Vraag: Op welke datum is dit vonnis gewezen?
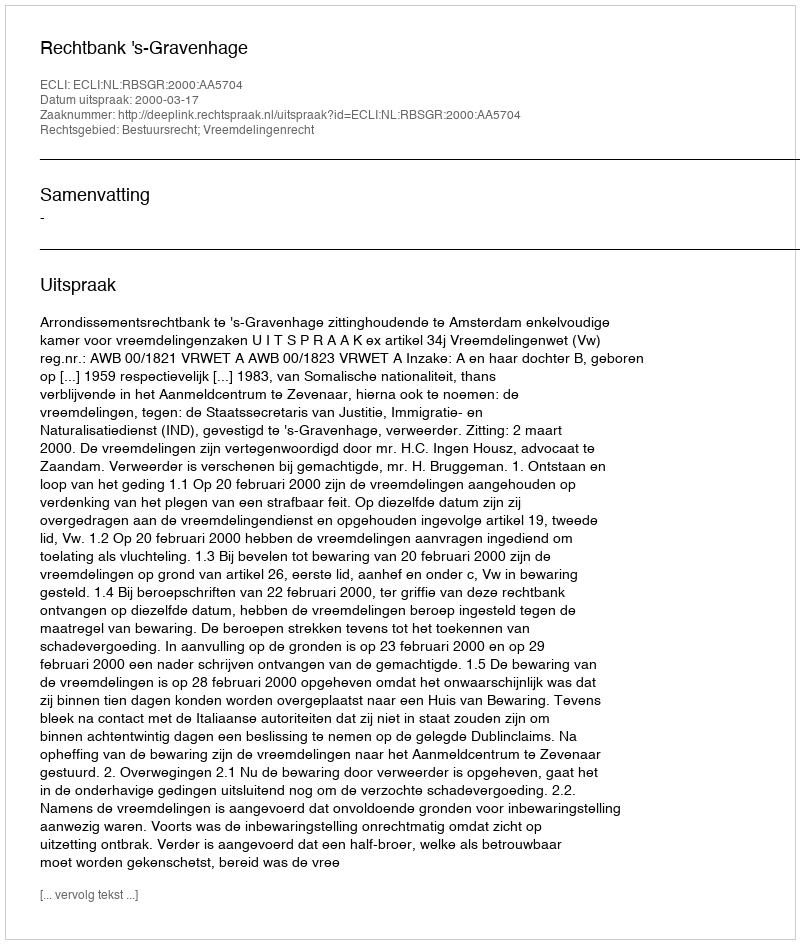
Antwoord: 2000-03-17